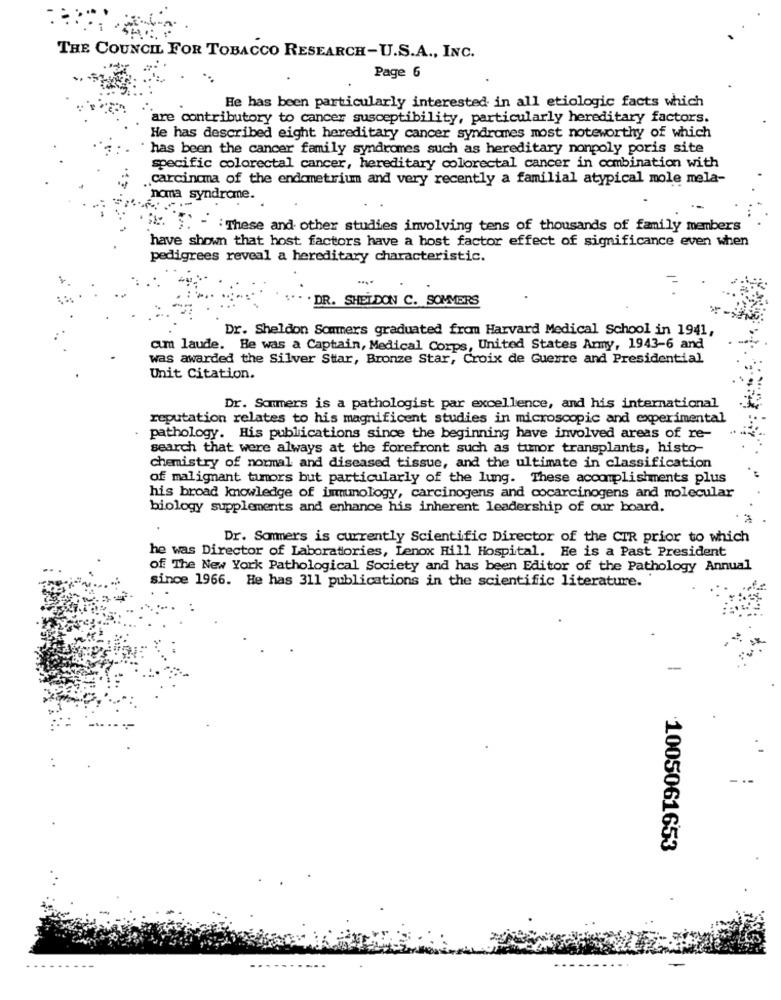
THE COUNCIL FOR TOBACCO RESEARCH-U.S.A ., INC.
Page 6
He has been particularly interested in all etiologic facts which
are contributory to cancer susceptibility, particularly hereditary factors.
He has described eight hereditary cancer syndromes most noteworthy of which
has been the cancer family syndromes such as hereditary nonpoly poris site
specific colorectal cancer, hereditary colorectal cancer in combination with
carcinoma of the endometrium and very recently a familial atypical mole mela-
noma syndrome.
". ") - : These and other studies involving tens of thousands of family members
have shown that host factors have a host factor effect of significance even when
pedigrees reveal a hereditary characteristic.
-.*
. DR. SHELDON C. SOMMERS
Dr. Sheldon Sommers graduated from Harvard Medical School in 1941,
am laude. He was a Captain, Medical Corps, United States Army, 1943-6 and
was awarded the Silver Star, Bronze Star, Croix de Guerre and Presidential
Unit Citation.
Dr. Sommers is a pathologist par excellence, and his international
reputation relates to his magnificent studies in microscopic and experimental
pathology. His publications since the beginning have involved areas of re-
search that were always at the forefront such as tumor transplants, histo-
chemistry of normal and diseased tissue, and the ultimate in classification
of malignant tumors but particularly of the lung. These accomplishments plus
his broad knowledge of immunology, carcinogens and cocarcinogens and molecular
biology supplements and enhance his inherent leadership of our board.
Dr. Sommers is currently Scientific Director of the CIR prior to which
he was Director of Laboratories, Lenox Hill Hospital. He is a Past President
of The New York Pathological Society and has been Editor of the Pathology Annual
since 1966. He has 311 publications in the scientific literature.
-
1005061653